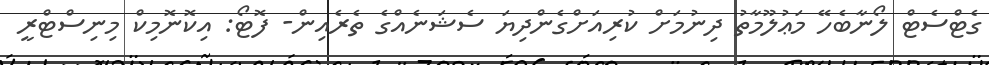
ގެޓްސެޓް ލޯނާބެހޭ މަޢުލޫމާތު ދިނުމަށް ކުރިއަށްގެންދިޔަ ސެޝަނެއްގެ ތެރެއިން- ފޮޓޯ: އިކޮނޮމިކް މިނިސްޓްރީ